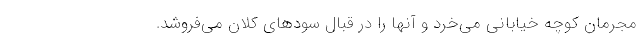
مجرمان کوچه خیابانی می‌خرد و آنها را در قبال سودهای کلان می‌فروشد.